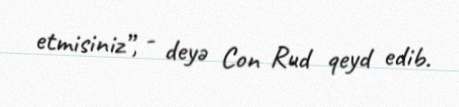
etmisiniz”, - deyə Con Rud qeyd edib.